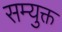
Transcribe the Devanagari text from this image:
सम्युक्त